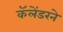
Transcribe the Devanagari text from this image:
कॅलेंडरने